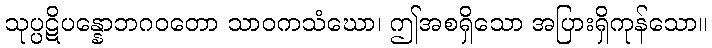
သုပ္ပဋိပန္နောဘဂဝတော သာဝကသံဃော၊ ဤအစရှိသော အပြားရှိကုန်သော။